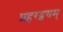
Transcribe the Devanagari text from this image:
प्रहरद्वयम्